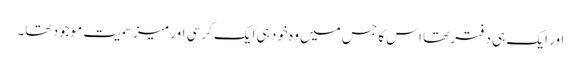
اور ایک ہی دفتر تھا اس کا جس میں وہ خود ہی ایک کرسی اور میز سمیت موجود تھا۔